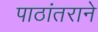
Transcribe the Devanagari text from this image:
पाठांतराने